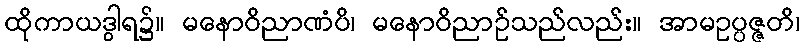
ထိုကာယဒွါရ၌။ မနောဝိညာဏံပိ၊ မနောဝိညာဉ်သည်လည်း။ အာမဥပ္ပဇ္ဇတိ၊